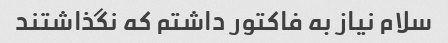
سلام نیاز به فاکتور داشتم که نگذاشتند